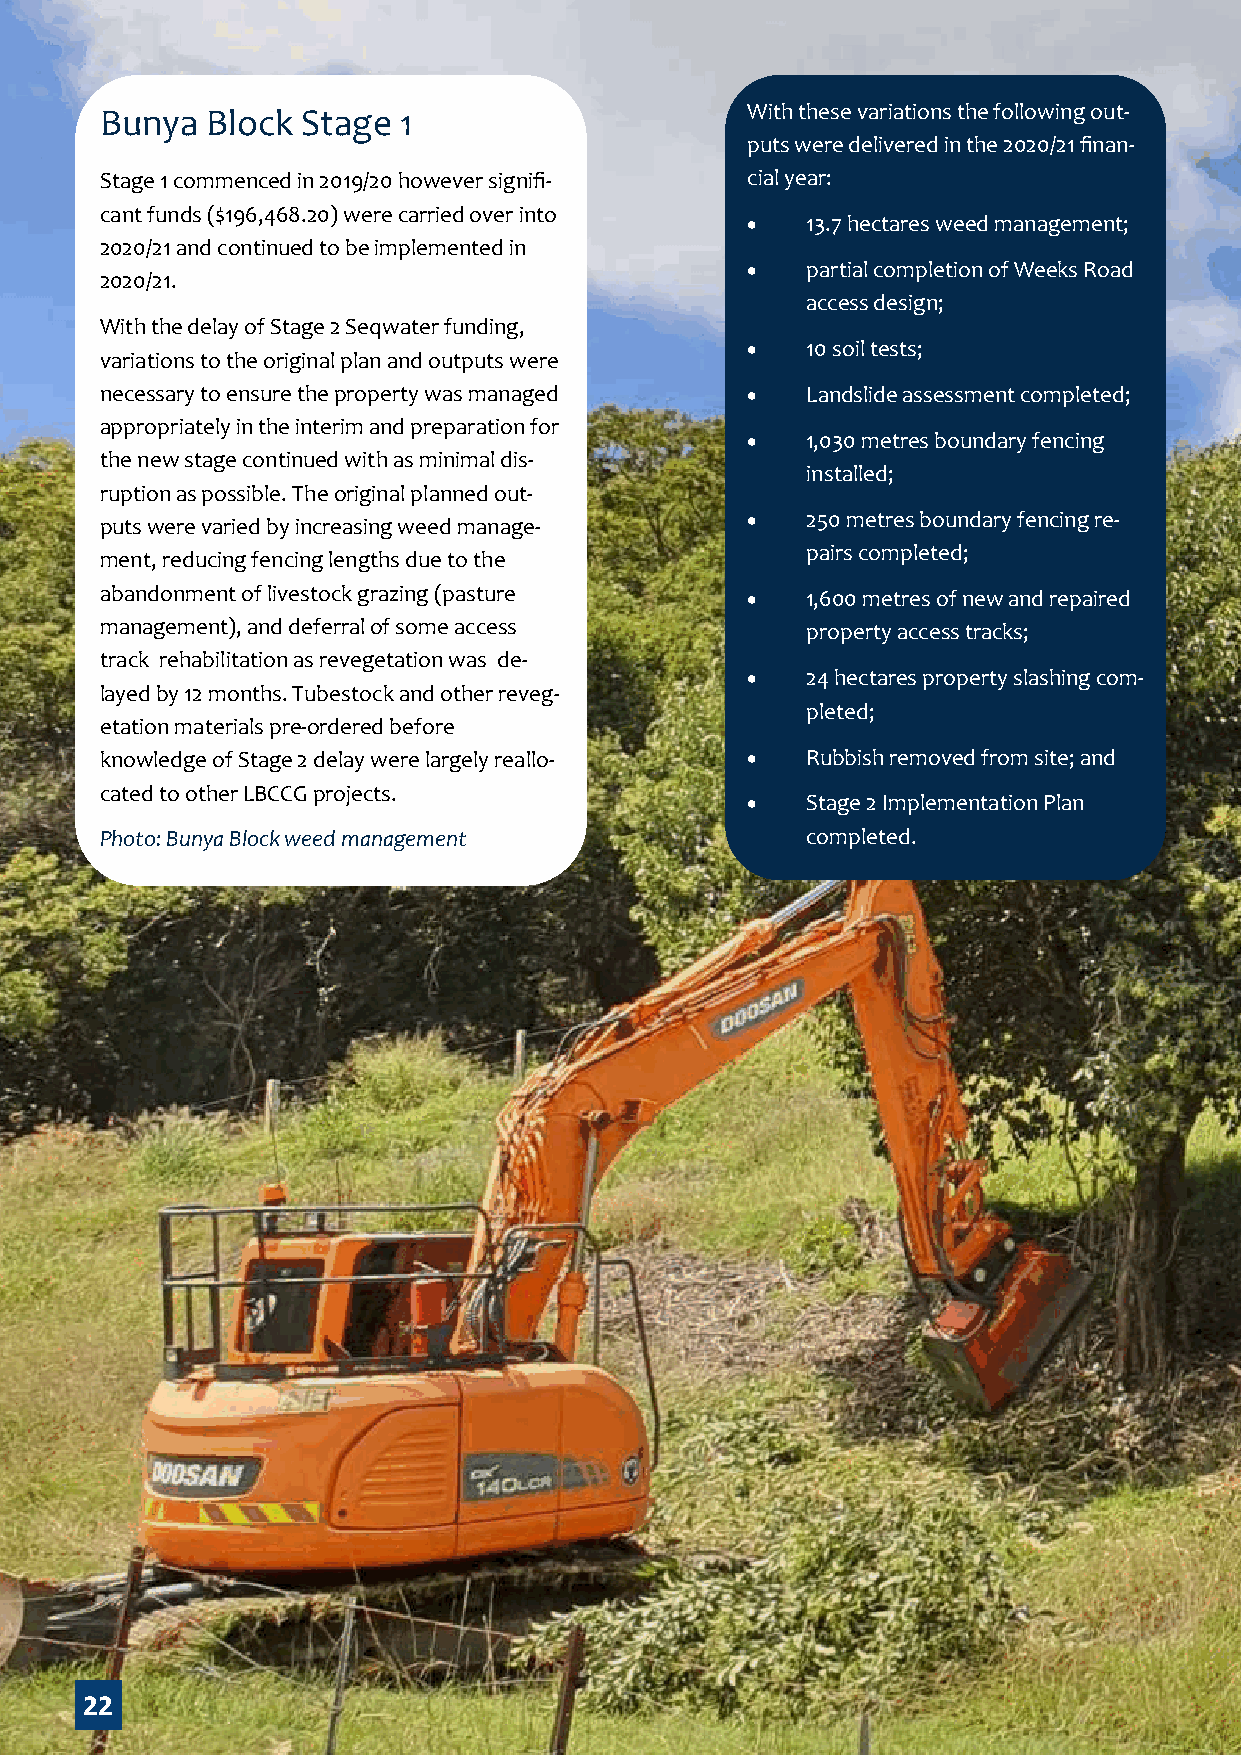
Bunya  Block Stage 1                      With these variations the following out-
 puts were delivered in the 2020/21 finan-
 Stage 1 commenced in 2019/20 however signifi- cial year:
 cant funds ($196,468.20) were carried over into
 •   13.7 hectares weed management;
 2020/21 and continued to be implemented in
 •   partial completion of Weeks Road
 2020/21.
 access design;
 With the delay of Stage 2 Seqwater funding,
 •   10 soil tests;
 variations to the original plan and outputs were
 necessary to ensure the property was managed • Landslide assessment completed;
 appropriately in the interim and preparation for
 •   1,030 metres boundary fencing
 the new stage continued with as minimal dis-
 installed;
 ruption as possible. The original planned out-
 •   250 metres boundary fencing re-
 puts were varied by increasing weed manage-
 pairs completed;
 ment, reducing fencing lengths due to the
 abandonment of livestock grazing (pasture •   1,600 metres of new and repaired
 management), and deferral of some access      property access tracks;
 track rehabilitation as revegetation was de-
 •   24 hectares property slashing com-
 layed by 12 months. Tubestock and other reveg-
 pleted;
 etation materials pre-ordered before
 knowledge of Stage 2 delay were largely reallo- • Rubbish removed from site; and
 cated to other LBCCG projects.
 •   Stage 2 Implementation Plan
 Photo: Bunya Block weed management            completed.
 22